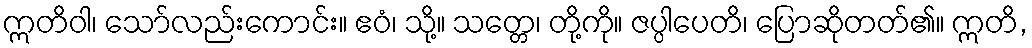
ဣတိဝါ၊ သော်လည်းကောင်း။ ဧဝံ၊ သို့။ သတ္တေ၊ တို့ကို။ ဇပ္ပါပေတိ၊ ပြောဆိုတတ်၏။ ဣတိ,